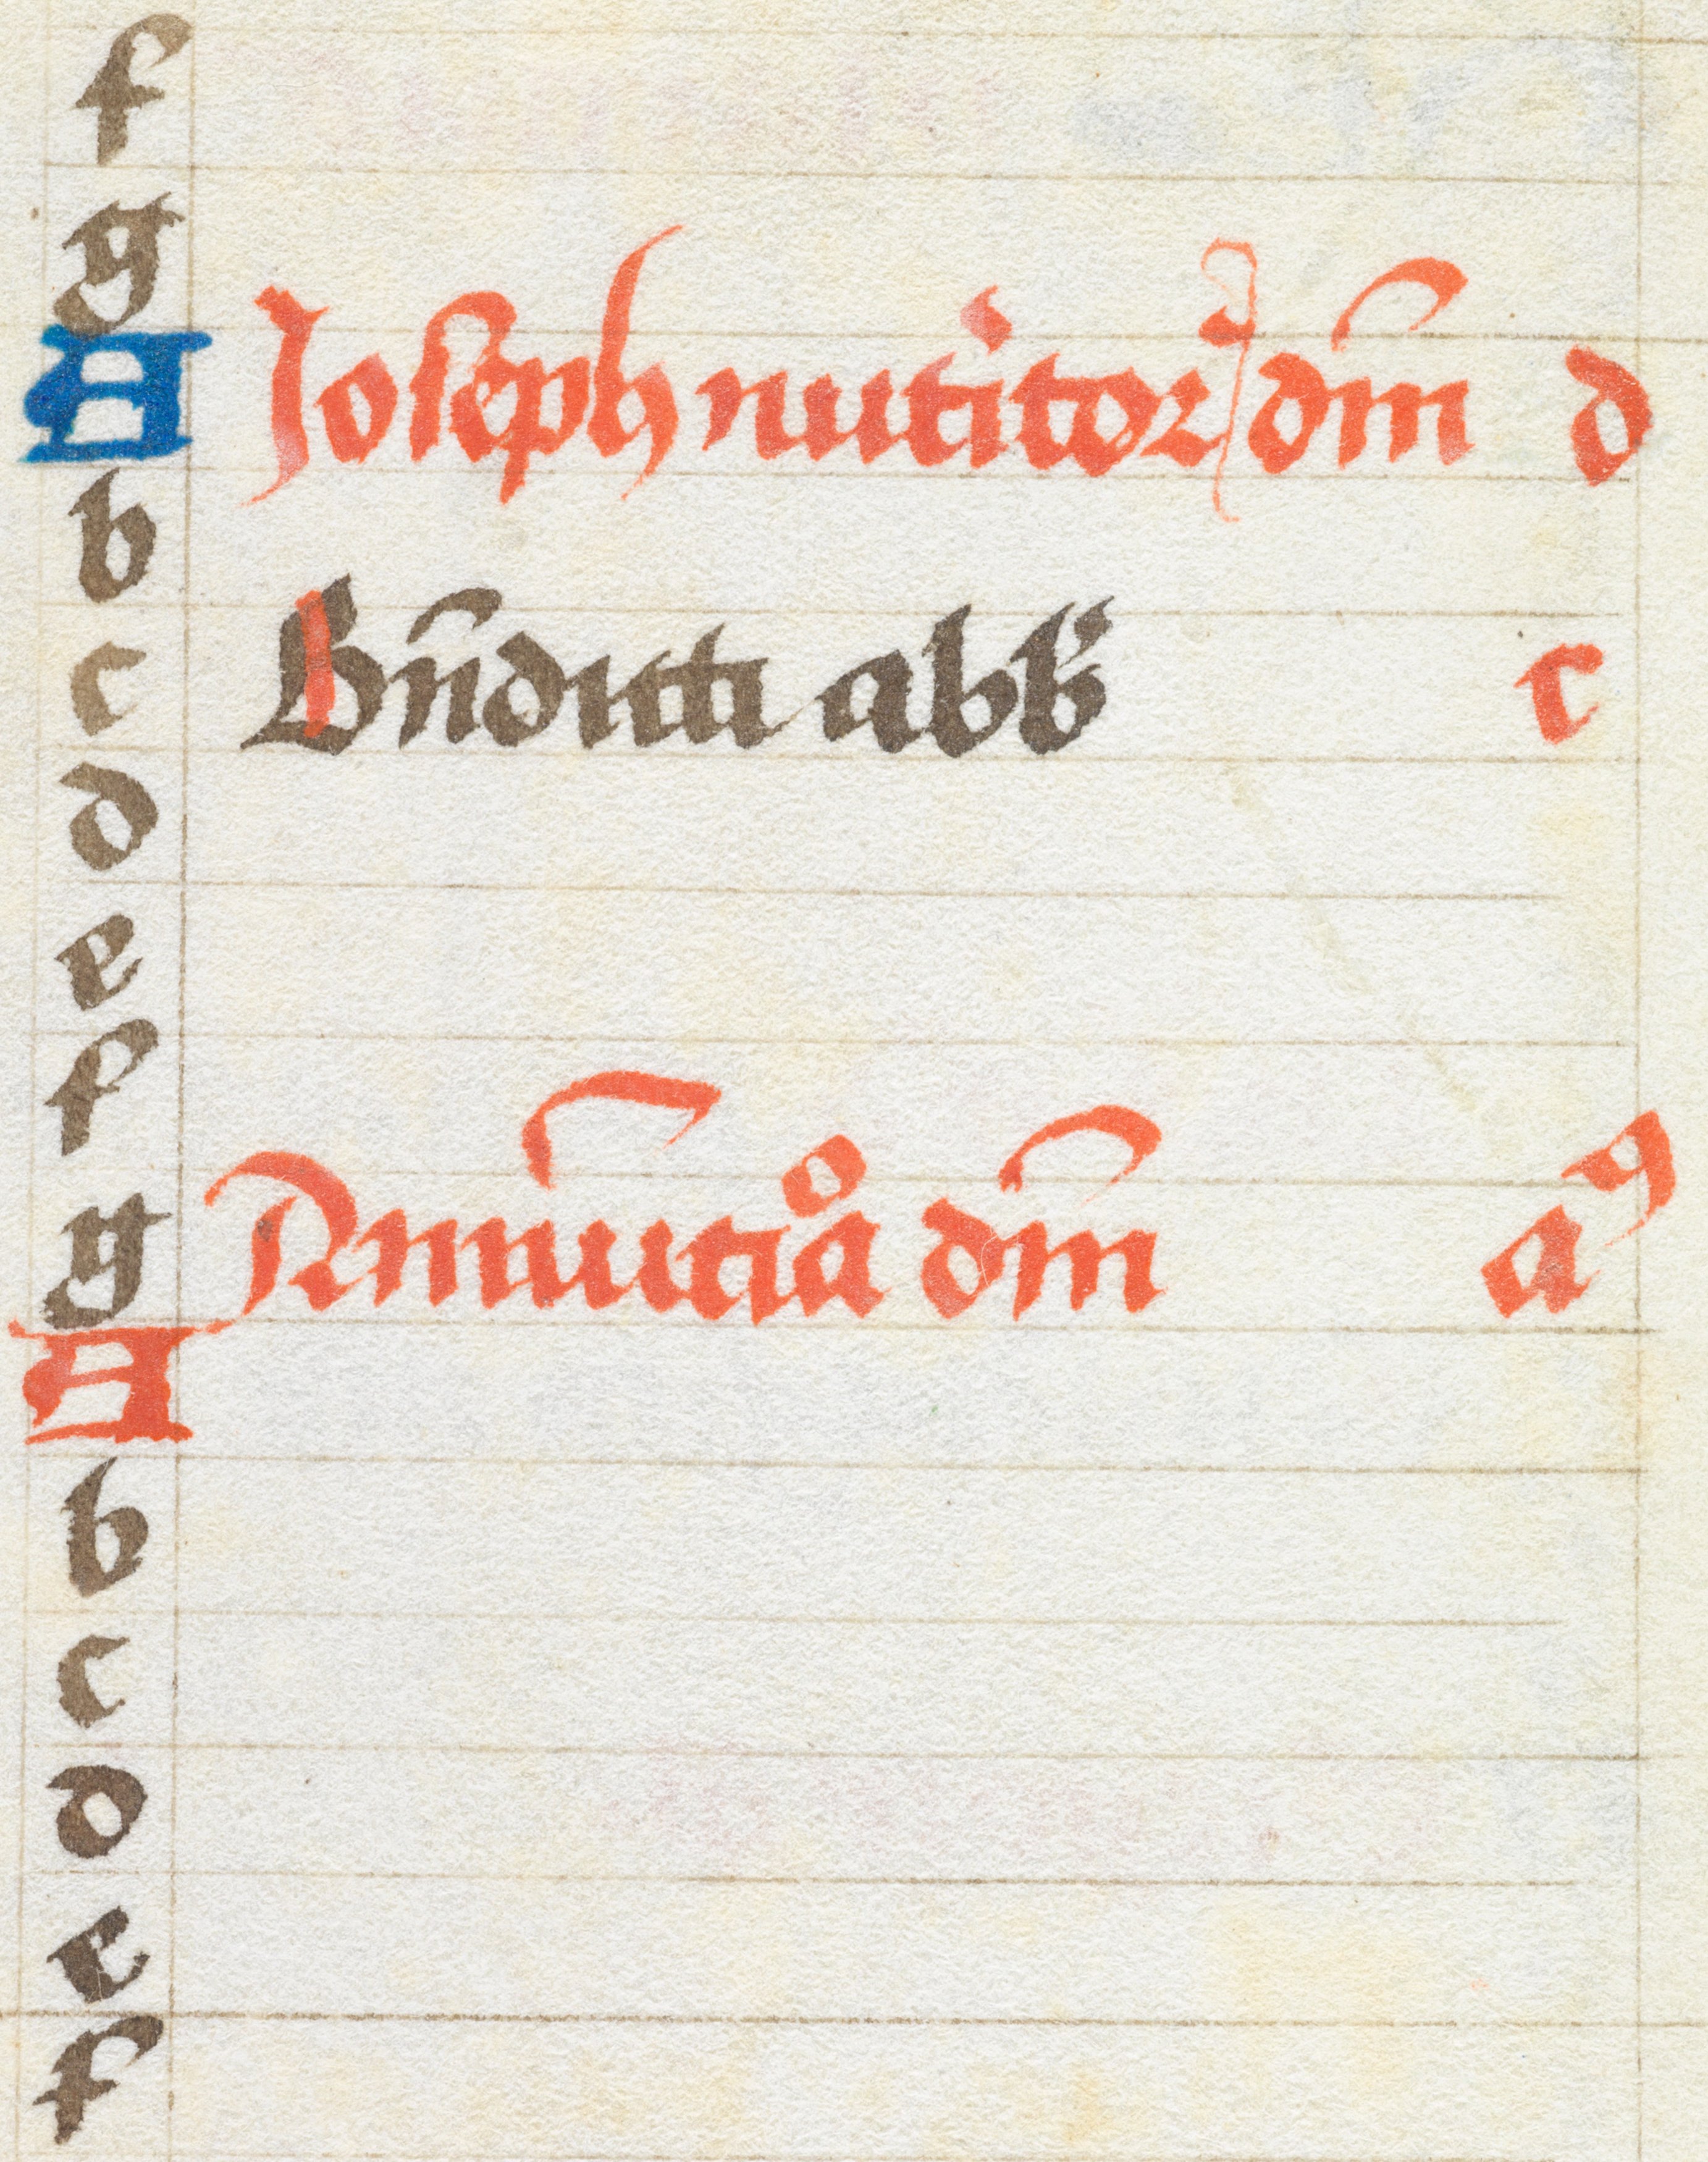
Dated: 1450–1499